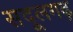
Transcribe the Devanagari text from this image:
सदूलगढ़